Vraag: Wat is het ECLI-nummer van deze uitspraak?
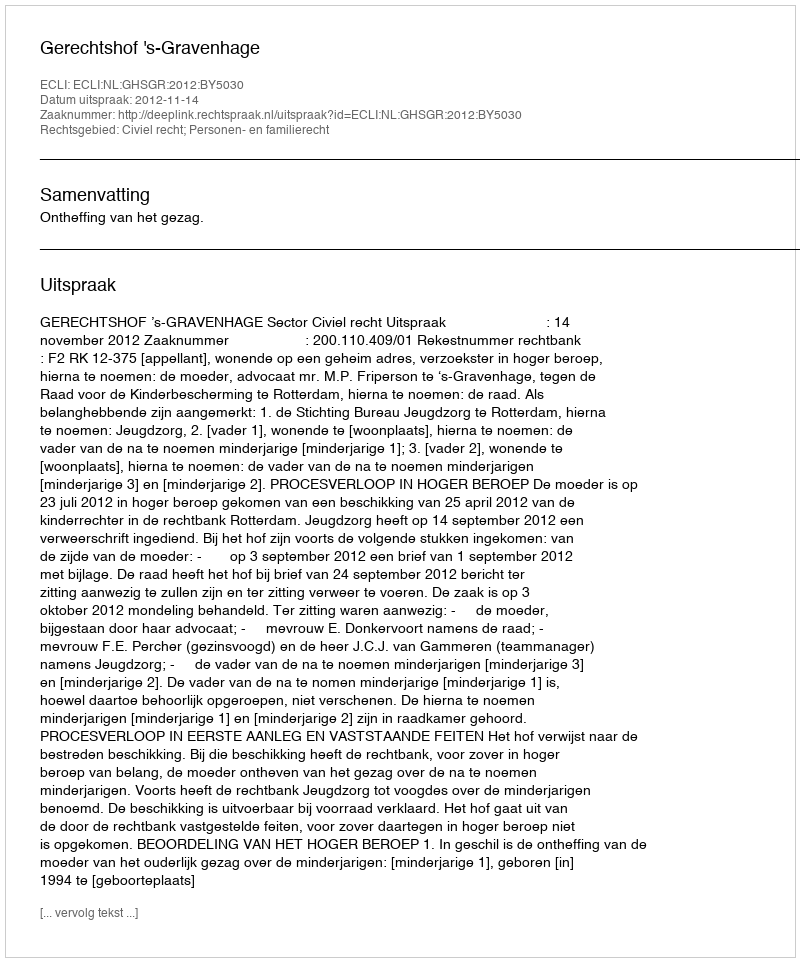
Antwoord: ECLI:NL:GHSGR:2012:BY5030